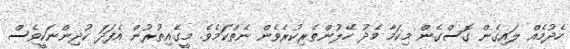
ހެދުމެއް ލައިގެން ގޮސްގެން މިކަމާ މެދު ހޭލުންތެރިކުރެވެން ނެތްކަމެވެ. މީގެއިތުރުން އެފަދަ ކުދިންނަކީވެސް